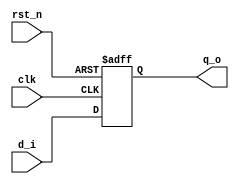
module dff(
  input wire clk,
  input wire rst_n,

  input wire d_i,
  output reg q_o
);

  always@(posedge clk or negedge rst_n) begin

    if(rst_n == 1'b0) begin
      q_o <= 1'b0;
    end else begin
      q_o <= d_i;
    end

  end

endmodule